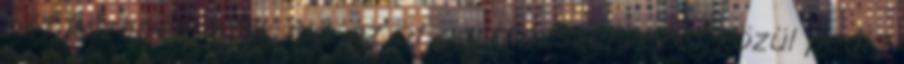
hét közepén írták alá, az öt partnerszervezet közül pedig